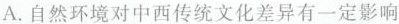
A.自然环境对中西传统文化差异有一定影响